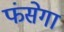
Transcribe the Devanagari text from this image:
फंसेगा